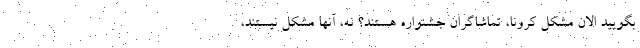
بگویید الان مشکل کرونا، تماشاگران جشنواره هستند؟ نه، آنها مشکل نیستند،